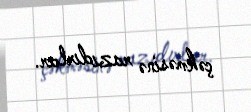
çəkməsinə razıdırlar.